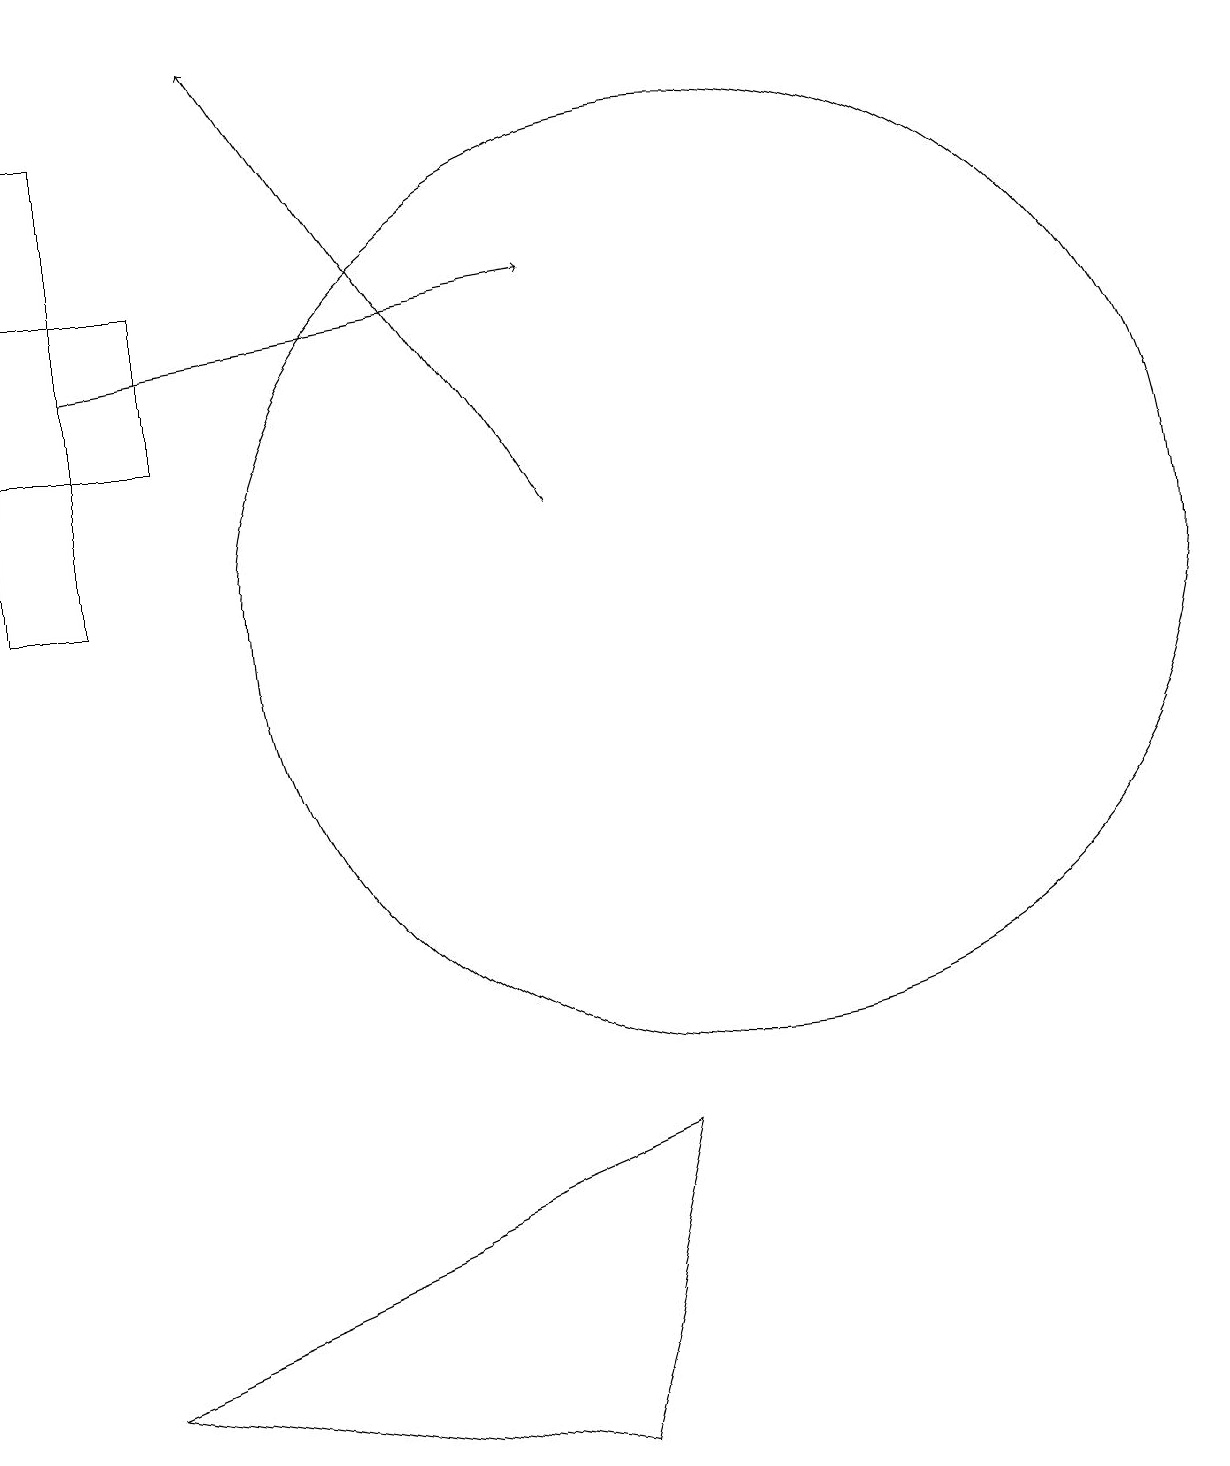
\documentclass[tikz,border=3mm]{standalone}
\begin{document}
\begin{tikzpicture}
\draw[->] (2,14) -- (8,15);
\draw[->] (8,12) -- (4,18);
\draw (10,11) circle (6);
\draw (2,17) rectangle (1,11);
\draw (1,15) rectangle (3,13);
\draw (9,4) -- (8,0) -- (2,1) -- cycle;
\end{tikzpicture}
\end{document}